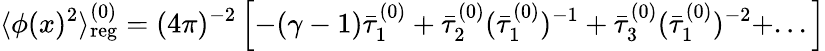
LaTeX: \langle\phi(x)^{2}\rangle_{\mathrm{reg}}^{(0)}=(4\pi)^{-2}\left[-(\gamma-1)\bar{\tau}_{1}^{(0)}+\bar{\tau}_{2}^{(0)}(\bar{\tau}_{1}^{(0)})^{-1}+\bar{\tau}_{3}^{(0)}(\bar{\tau}_{1}^{(0)})^{-2}+...\right]